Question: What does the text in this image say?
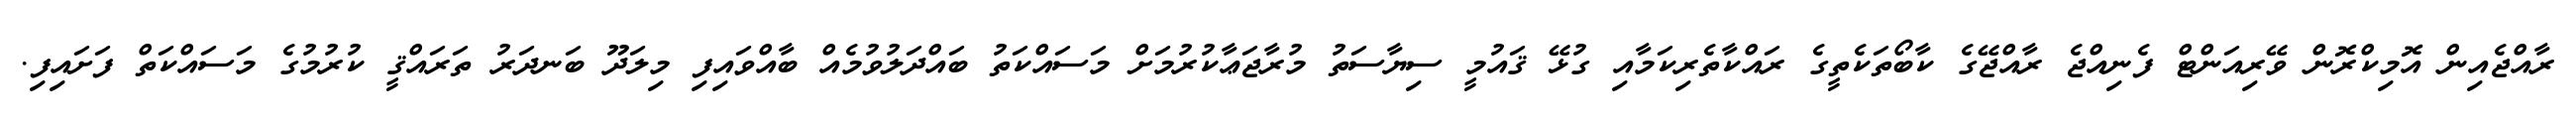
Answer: ރާއްޖެއިން އޮމިކްރޮން ވޭރިއަންޓް ފެނިއްޖެ ރާއްޖޭގެ ކާބޯތަކެތީގެ ރައްކާތެރިކަމާއި ގުޅޭ ޤައުމީ ސިޔާސަތު މުރާޖަޢާކުރުމަށް މަސައްކަތު ބައްދަލުވުމެއް ބާއްވައިފި މިލަދޫ ބަނދަރު ތަރައްޤީ ކުރުމުގެ މަސައްކަތް ފަށައިފި.